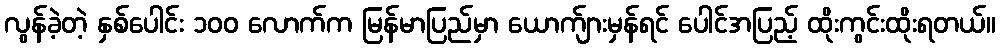
လွန်ခဲ့တဲ့ နှစ်ပေါင်း ၁၀၀ လောက်က မြန်မာပြည်မှာ ယောက်ျားမှန်ရင် ပေါင်အပြည့် ထိုးကွင်းထိုးရတယ်။